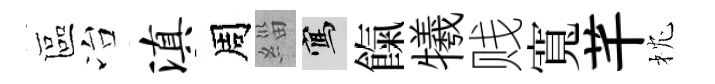
區冶滇周緇寫餼犧贱寬芊枕